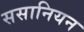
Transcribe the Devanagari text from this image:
ससानियन